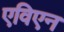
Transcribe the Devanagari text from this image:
एविएन